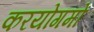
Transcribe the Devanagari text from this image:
करयोगमों